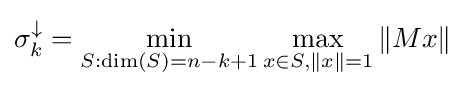
\sigma _{k}^{\downarrow }=\min _{S:\dim(S)=n-k+1}\max _{x\in S,\|x\|=1}\|Mx\|